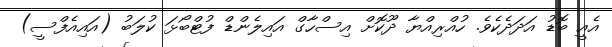
އެއީ ބޮޑު އަދަދެކެވެ. ހުއްރިއްޔާ ދޫކޮށް އިސްހާގް އައިލެންޑް ފުޓްބޯޅަ ކުލަބު (އައިއެފްސީ)